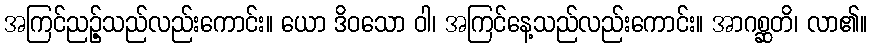
အကြင်ညဉ့်သည်လည်းကောင်း။ ယော ဒိဝသော ဝါ၊ အကြင်နေ့သည်လည်းကောင်း။ အာဂစ္ဆတိ၊ လာ၏။